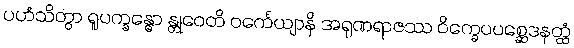
ပဟံသိတွာ ရူပက္ခန္ဓော န္တုဝေတိ ဝင်္ကေယျာနိ အရုဏရာဇဿ ဝိက္ခေပပစ္ဆေဒနတ္ထံ